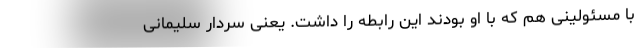
با مسئولینی هم که با او بودند این رابطه را داشت. یعنی سردار سلیمانی